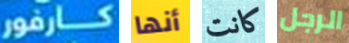
كارفور أنها كانت الرجل